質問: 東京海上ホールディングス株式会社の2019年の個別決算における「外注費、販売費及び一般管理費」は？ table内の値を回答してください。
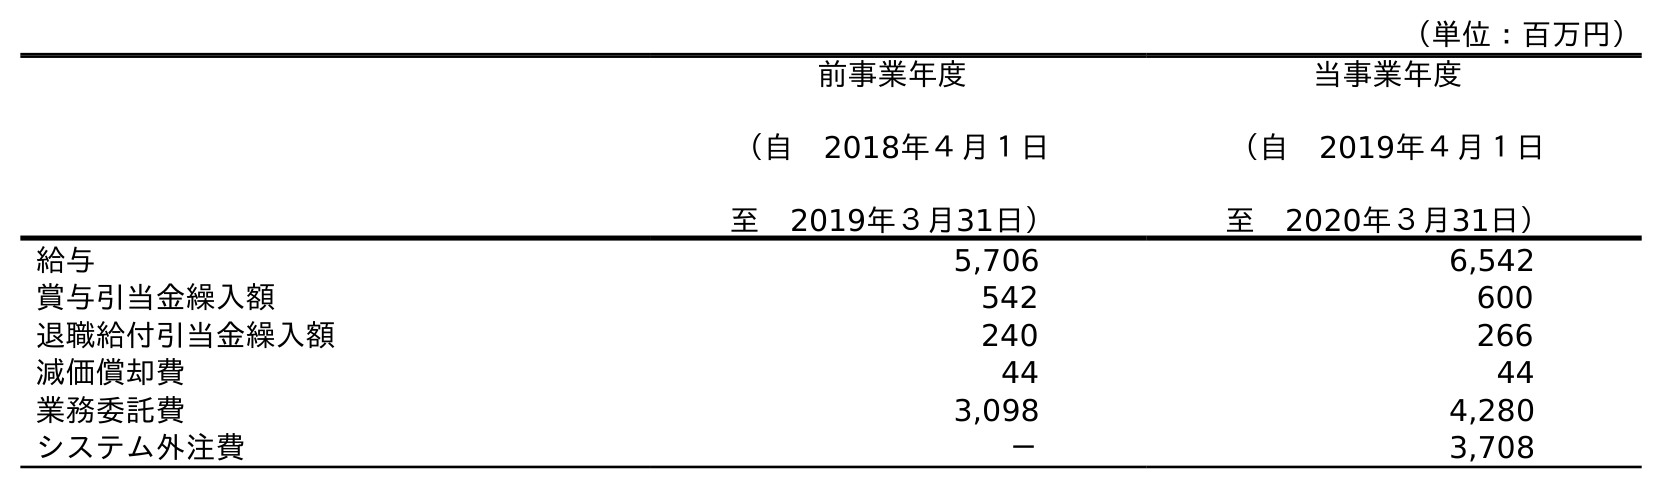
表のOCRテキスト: （単位：百万円） 前事業年度 （自 2018年４月１日 至 2019年３月31日） 当事業年度 （自 2019年４月１日 至 2020年３月31日） 給与 5,706 6,542 賞与引当金繰入額 542 600 退職給付引当金繰入額 240 266 減価償却費 44 44 業務委託費 3,098 4,280 システム外注費 － 3,708
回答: －